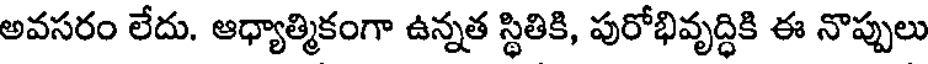
అవసరం లేదు. ఆధ్యాత్మికంగా ఉన్నత స్థితికి, పురోభివృద్ధికి ఈ నొప్పులు